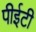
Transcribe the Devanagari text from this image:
पीईटी